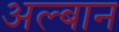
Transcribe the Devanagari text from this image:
अल्बान